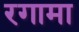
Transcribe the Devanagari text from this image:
रगामा